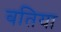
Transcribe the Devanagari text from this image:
बतिया